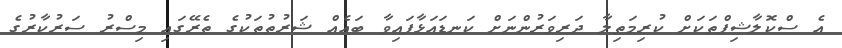
އެ ސްކޮލާޝިޕްތަކަށް ކުރިމަތިލާ ދަރިވަރުންނަށް ކަނޑައަޅާފައިވާ ބައެއް ޝަރުތުތަކުގެ ތެރޭގައި މިސްރު ސަރުކާރުގެ